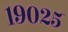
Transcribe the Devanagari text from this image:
१९०२५